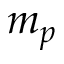
m _ { p }